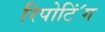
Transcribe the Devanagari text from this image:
रिपोटि॔ंग